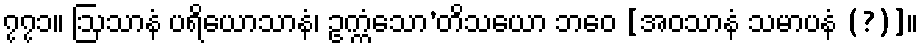
၇၇၁။ ဩသာနံ ပရိယောသာနံ၊ ဥက္ကံသော’တိသယော ဘဝေ [အဝသာနံ သမာပနံ (?)]။